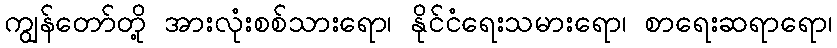
ကျွန်တော်တို့ အားလုံးစစ်သားရော၊ နိုင်ငံရေးသမားရော၊ စာရေးဆရာရော၊